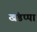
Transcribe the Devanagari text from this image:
खंडप्पा